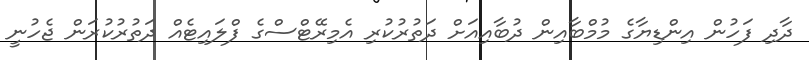
ދާދި ފަހުން އިންޑިޔާގެ މުމްބާއިން ދުބާއިއަށް ދަތުރުކުރި އެމިރޭޓްސްގެ ފްލައިޓެއް ދަތުރުކުރަން ޖެހުނީ